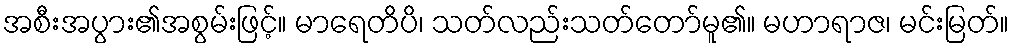
အစီးအပွား၏အစွမ်းဖြင့်။ မာရေတိပိ၊ သတ်လည်းသတ်တော်မူ၏။ မဟာရာဇ၊ မင်းမြတ်။